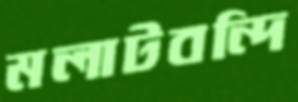
মলাটবন্দি